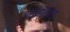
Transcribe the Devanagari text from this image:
रक्तगटात